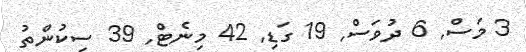
3 މަސް